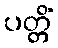
ပတ္တိံ